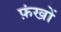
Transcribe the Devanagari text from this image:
फ़ंखों